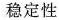
稳定性